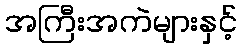
အကြီးအကဲများနှင့်